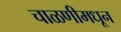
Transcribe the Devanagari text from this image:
चाळणीमधून